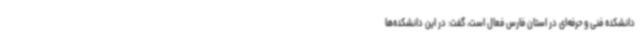
دانشکده فنی و حرفه‌ای در استان فارس فعال است، گفت: در این دانشکده‌ها